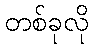
တစ်ခုလို